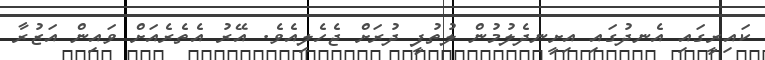
ކައިރީގައި އެނދުގައި އިށީނދެލުމުން ލުތުފީ ދުރަށް ޖެހެލިއެވެ. އޭރު އެތެރެއަށް ވައިން އަޒުރާ